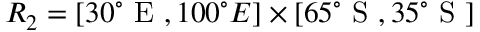
R _ { 2 } = [ 3 0 ^ { \circ } \mathrm { ~ E ~ } , 1 0 0 ^ { \circ } { E } ] \times [ 6 5 ^ { \circ } \mathrm { ~ S ~ } , 3 5 ^ { \circ } \mathrm { ~ S ~ } ]